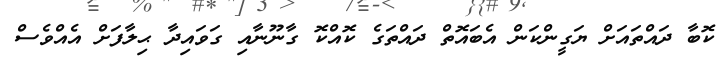
ކޮބާ ދައްތައަށް ޔަގީންކަން އެބައޮތް ދައްތަގެ ކޮއްކޮ ގާނޫނާއި ގަވައިދާ ޙިލާފަށް އެއްވެސް